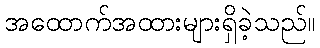
အထောက်အထားများရှိခဲ့သည်။